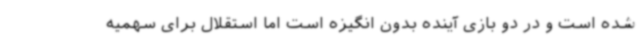
شده است و در دو بازی آینده بدون انگیزه است اما استقلال برای سهمیه